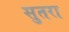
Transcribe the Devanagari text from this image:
सुतरा